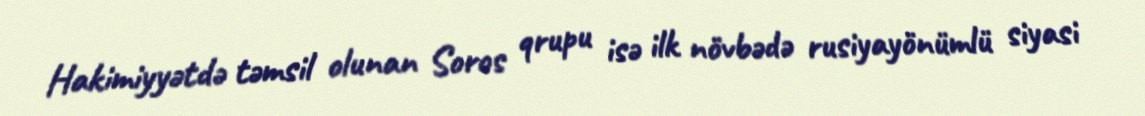
Hakimiyyətdə təmsil olunan Soros qrupu isə ilk növbədə rusiyayönümlü siyasi